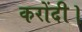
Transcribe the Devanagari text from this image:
करोंदी।